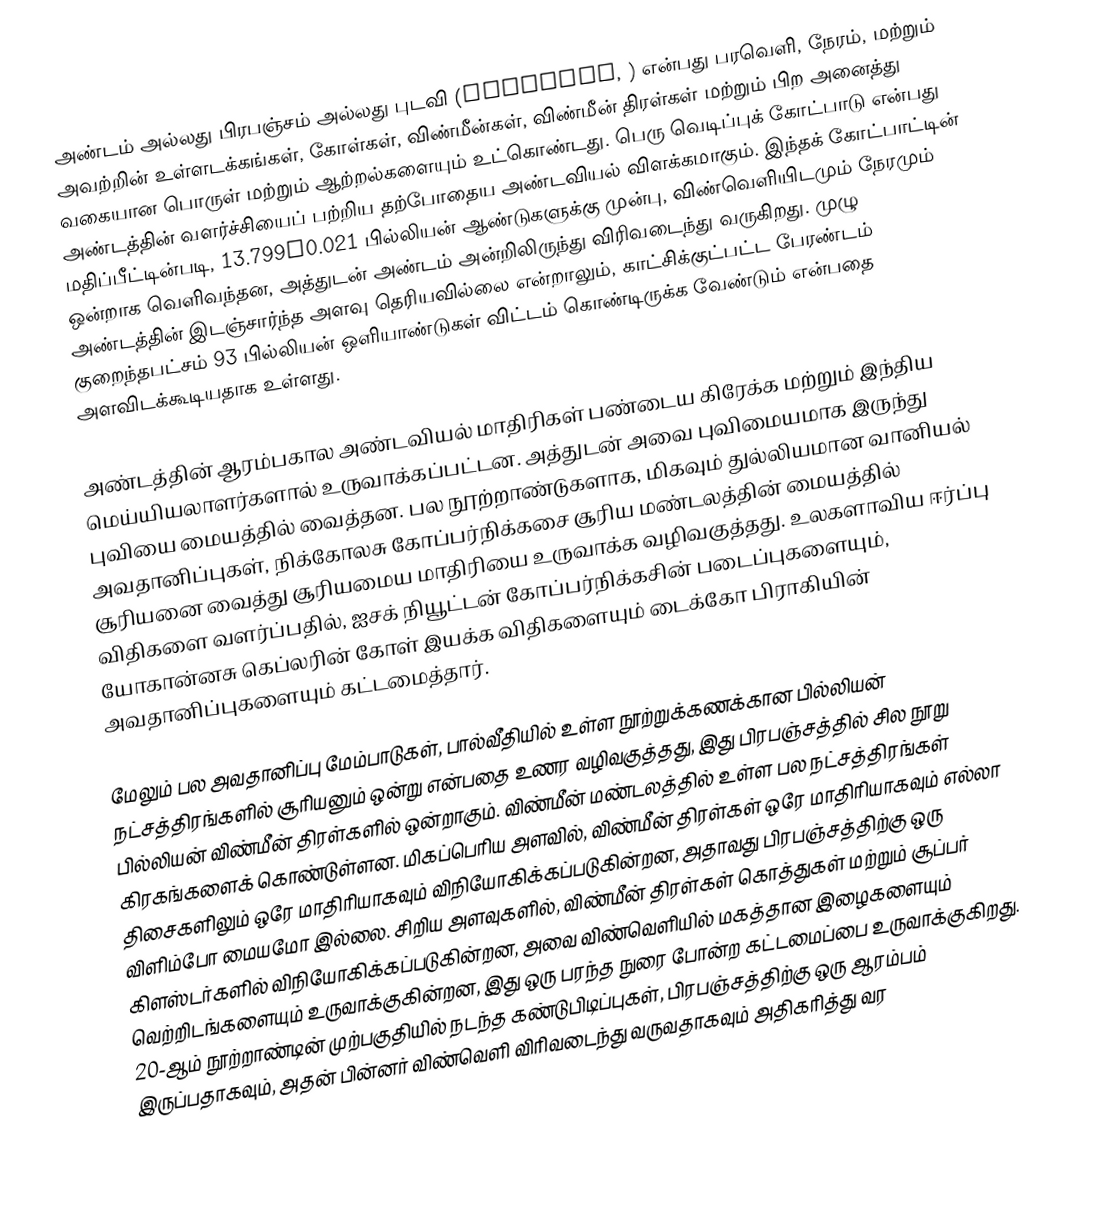
அண்டம் அல்லது பிரபஞ்சம் அல்லது புடவி  (universe, ) என்பது பரவெளி, நேரம், மற்றும் அவற்றின் உள்ளடக்கங்கள்,  கோள்கள், விண்மீன்கள், விண்மீன் திரள்கள் மற்றும் பிற அனைத்து வகையான பொருள் மற்றும் ஆற்றல்களையும் உட்கொண்டது. பெரு வெடிப்புக் கோட்பாடு என்பது அண்டத்தின் வளர்ச்சியைப் பற்றிய தற்போதைய அண்டவியல் விளக்கமாகும். இந்தக் கோட்பாட்டின் மதிப்பீட்டின்படி, 13.799±0.021 பில்லியன் ஆண்டுகளுக்கு முன்பு, விண்வெளியிடமும் நேரமும் ஒன்றாக வெளிவந்தன, அத்துடன் அண்டம் அன்றிலிருந்து விரிவடைந்து வருகிறது. முழு அண்டத்தின் இடஞ்சார்ந்த அளவு தெரியவில்லை என்றாலும், காட்சிக்குட்பட்ட பேரண்டம் குறைந்தபட்சம் 93 பில்லியன் ஒளியாண்டுகள் விட்டம் கொண்டிருக்க வேண்டும் என்பதை அளவிடக்கூடியதாக உள்ளது.

அண்டத்தின் ஆரம்பகால அண்டவியல் மாதிரிகள் பண்டைய கிரேக்க மற்றும் இந்திய மெய்யியலாளர்களால் உருவாக்கப்பட்டன. அத்துடன் அவை புவிமையமாக இருந்து புவியை மையத்தில் வைத்தன. பல நூற்றாண்டுகளாக, மிகவும் துல்லியமான வானியல் அவதானிப்புகள், நிக்கோலசு கோப்பர்நிக்கசை சூரிய மண்டலத்தின் மையத்தில் சூரியனை வைத்து சூரியமைய மாதிரியை உருவாக்க வழிவகுத்தது. உலகளாவிய ஈர்ப்பு விதிகளை வளர்ப்பதில், ஐசக் நியூட்டன் கோப்பர்நிக்கசின் படைப்புகளையும், யோகான்னசு கெப்லரின் கோள் இயக்க விதிகளையும் டைக்கோ பிராகியின் அவதானிப்புகளையும் கட்டமைத்தார்.

மேலும் பல அவதானிப்பு மேம்பாடுகள், பால்வீதியில் உள்ள நூற்றுக்கணக்கான பில்லியன் நட்சத்திரங்களில் சூரியனும் ஒன்று என்பதை உணர வழிவகுத்தது, இது பிரபஞ்சத்தில் சில நூறு பில்லியன் விண்மீன் திரள்களில் ஒன்றாகும்.  விண்மீன் மண்டலத்தில் உள்ள பல நட்சத்திரங்கள் கிரகங்களைக் கொண்டுள்ளன.  மிகப்பெரிய அளவில், விண்மீன் திரள்கள் ஒரே மாதிரியாகவும் எல்லா திசைகளிலும் ஒரே மாதிரியாகவும் விநியோகிக்கப்படுகின்றன, அதாவது பிரபஞ்சத்திற்கு ஒரு விளிம்போ மையமோ இல்லை.  சிறிய அளவுகளில், விண்மீன் திரள்கள் கொத்துகள் மற்றும் சூப்பர் கிளஸ்டர்களில் விநியோகிக்கப்படுகின்றன, அவை விண்வெளியில் மகத்தான இழைகளையும் வெற்றிடங்களையும் உருவாக்குகின்றன, இது ஒரு பரந்த நுரை போன்ற கட்டமைப்பை உருவாக்குகிறது.  20-ஆம் நூற்றாண்டின் முற்பகுதியில் நடந்த கண்டுபிடிப்புகள், பிரபஞ்சத்திற்கு ஒரு ஆரம்பம் இருப்பதாகவும், அதன் பின்னர் விண்வெளி விரிவடைந்து வருவதாகவும் அதிகரித்து வர